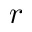
r